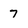
Character: 7